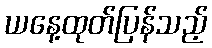
ယနေ့ထုတ်ပြန်သည့်